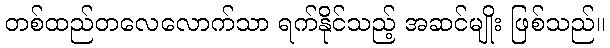
တစ်ထည်တလေလောက်သာ ရက်နိုင်သည့် အဆင်မျိုး ဖြစ်သည်။